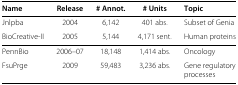
| Name | Release | # Annot. | # Units | Topic |
 | --- | --- | --- | --- | --- |
 | Jnlpba | 2004 | 6,142 | 401 abs. | Subset of Genia |
 | BioCreative-II | 2005 | 5,144 | 4,171 sent. | Human proteins |
 | PennBio | 2006–07 | 18,148 | 1,414 abs. | Oncology |
 | FsuPrge | 2009 | 59,483 | 3,236 abs. | Gene regulatory processes |